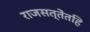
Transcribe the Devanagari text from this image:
राजसत्तेंतहि